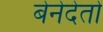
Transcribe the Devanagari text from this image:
बेनेदेतो